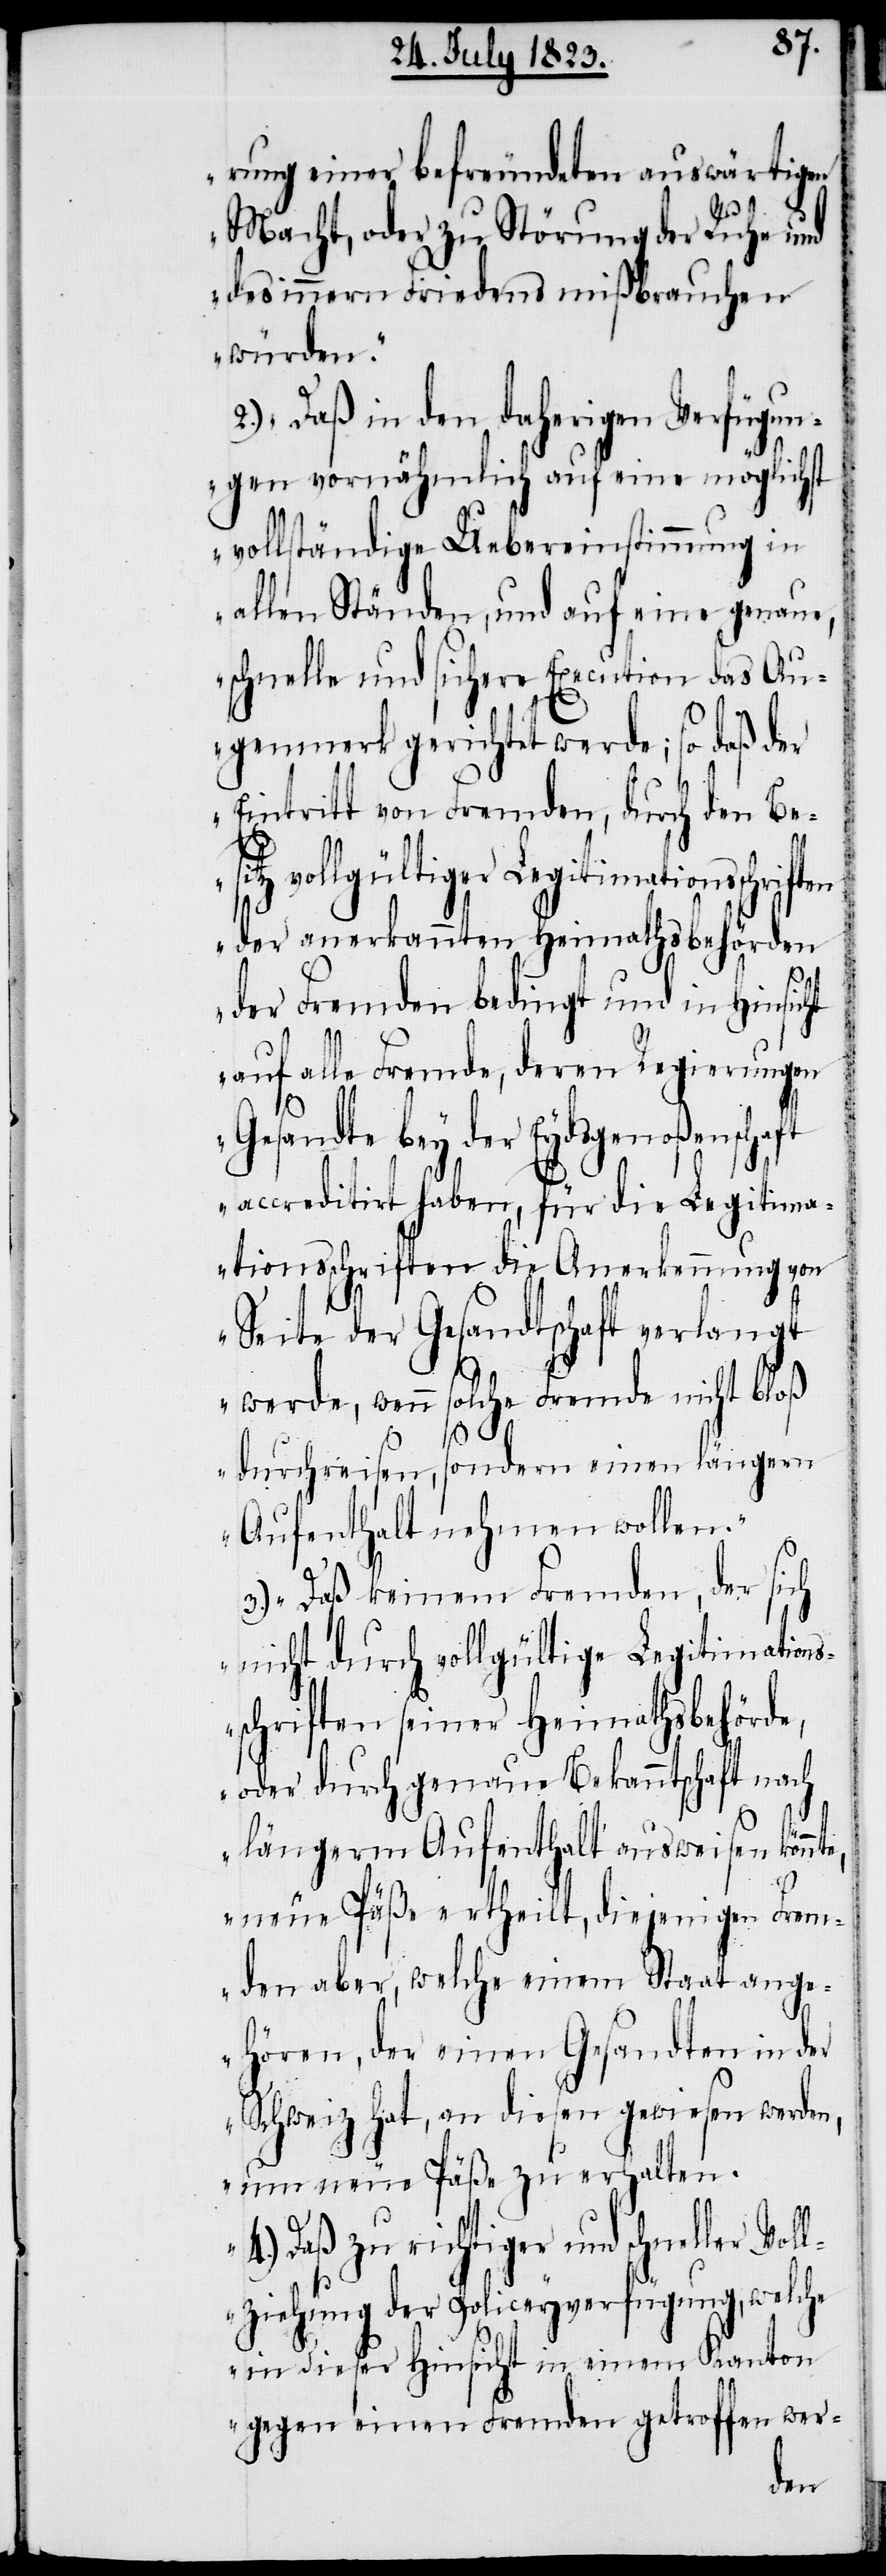
14ten July 1823.
rung einer befreundeten auswärtigen
Macht, oder zu Störung der Ruhe und
des innern Friedens mißbrauchen
werden
2.) „Daß in den daherigen Verfügun¬
gen vornähmlich auf eine möglichst
vollständige Uebereinstimmung in
allen Ständen, und auf eine genaue,
schnelle und sichere Execution das Au¬
ften
genmerk gerichtet werde; so daß der
Eintritt von Fremden, durch den Bes¬
itz vollgültiger Legitimationsschri¬
der anerkannten Heimathsbehörden
der Fremden bedingt und in Hinsic¬
auf alle Fremde, deren Regierungen
Gesandte bey der Eydsgenoßenschaft
accreditirt haben, für die Legitima¬
tionsschriften die Anerkennung von
Seite der Gesandtschaft verlangt
werde, wenn solche Fremde nicht bloß
durchreisen, sondern einen längern
Aufenthalt nehmen wollen.“
3.) „Daß keinem Fremden, der sich
nicht durch vollgültige Legitimations¬
schriften seiner Heimathsbehörde,
oder durch genaue Bekanntschaft nach
te,
längerm Aufenthalt ausweisen könn¬
neue Päße ertheilt, diejenigen Frem¬
den aber, welche einem Staat ange¬
hören, der einen Gesandten in der
Schweiz hat, an diesen gewiesen werden,
um neue Päße zu erhalten.
4.) Daß zu richtiger und schneller Vol¬
lziehung der Policeyverfügung, welche
in dieser Hinsicht in einem Kanton
gegen einen Fremden getroffen wer-
der